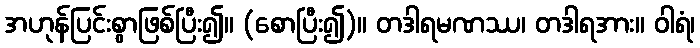
အဟုန်ပြင်းစွာဖြစ်ပြီး၍။ (စောပြီး၍)။ တဒါရမဏဿ၊ တဒါရအား။ ဝါရံ၊